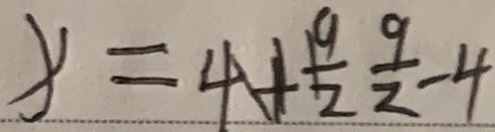
x = 4 + \frac { 9 } { 2 } \frac { 9 } { 2 } - 4